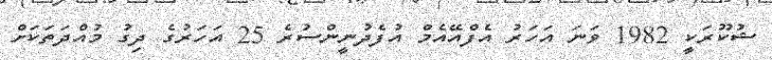
ޝުކޫރަކީ 1982 ވަނަ އަހަރު އެފްއޭއެމް އުފެދުނީންސުރެ 25 އަހަރުގެ ދިގު މުއްދަތަކަށް